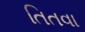
તિતવા